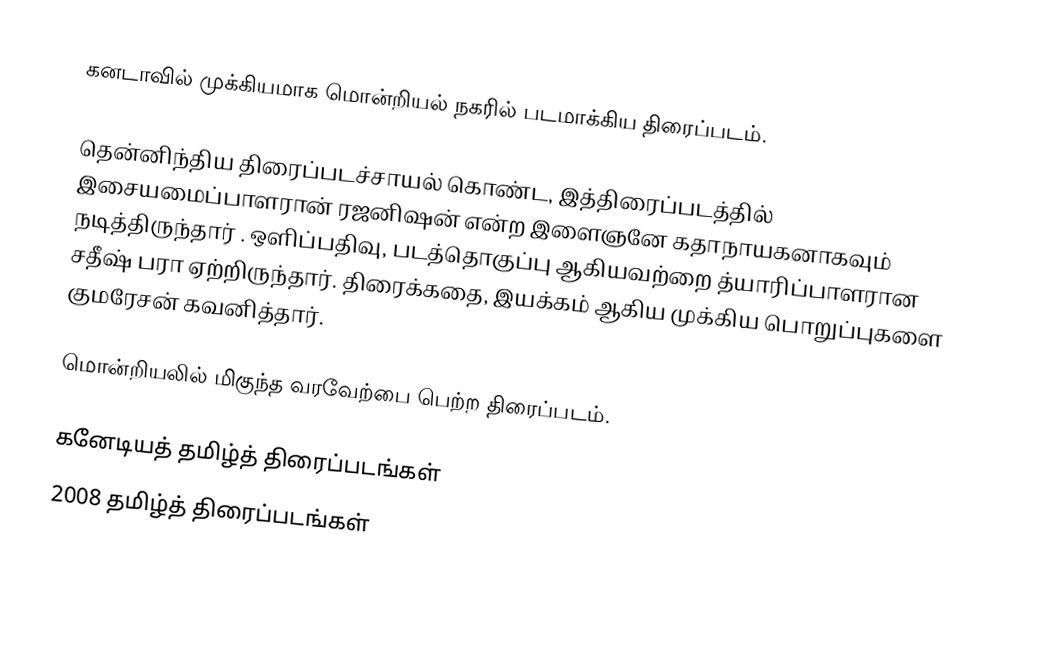
கனடாவில் முக்கியமாக மொன்றியல் நகரில் படமாக்கிய திரைப்படம்.

தென்னிந்திய திரைப்படச்சாயல் கொண்ட, இத்திரைப்படத்தில் இசையமைப்பாளரான் ரஜனிஷன் என்ற இளைஞனே கதாநாயகனாகவும் நடித்திருந்தார் . ஒளிப்பதிவு,  படத்தொகுப்பு ஆகியவற்றை த்யாரிப்பாளரான சதீஷ் பரா ஏற்றிருந்தார். திரைக்கதை, இயக்கம் ஆகிய முக்கிய பொறுப்புகளை குமரேசன் கவனித்தார்.

மொன்றியலில் மிகுந்த வரவேற்பை பெற்ற திரைப்படம்.

கனேடியத் தமிழ்த் திரைப்படங்கள்
2008 தமிழ்த் திரைப்படங்கள்